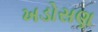
ખડોસણ